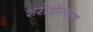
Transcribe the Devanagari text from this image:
शरोदोत्सब